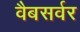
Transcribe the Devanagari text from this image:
वैबसर्वर